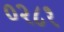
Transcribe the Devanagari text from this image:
०२८१